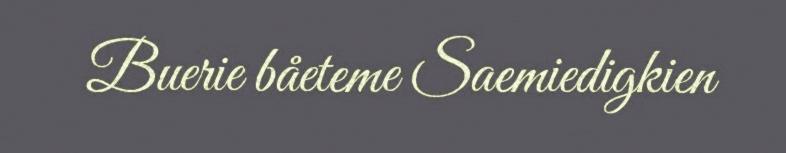
Buerie båeteme Saemiedigkien